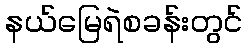
နယ်မြေရဲစခန်းတွင်